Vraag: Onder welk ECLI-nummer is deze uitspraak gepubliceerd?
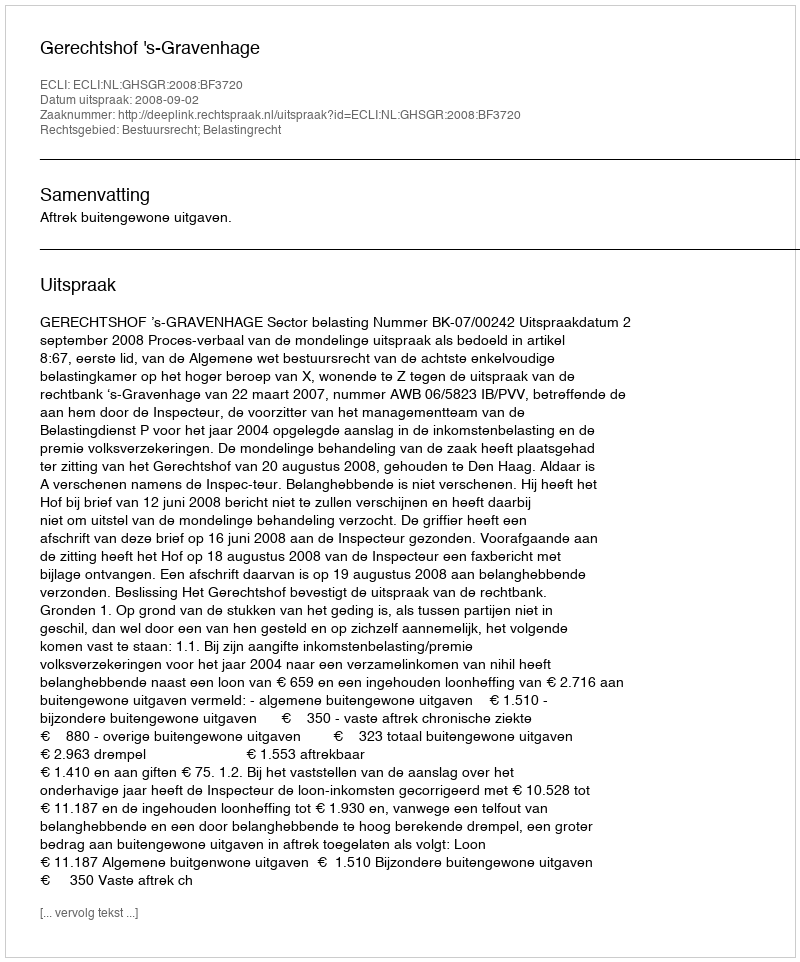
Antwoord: ECLI:NL:GHSGR:2008:BF3720